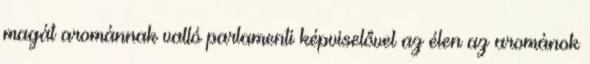
magát arománnak valló parlamenti képviselővel az élen az arománok